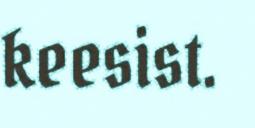
keesist.